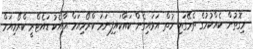
މިގޮތުން ކެއްކުމުގެ ތެރޭގައި ހުތް އަޅައިގެން ކައްކައިފިނަމަ ކްރޯމިއަމް އާއެކު ޑައެޓްރީ ކްރޯމިއަމް